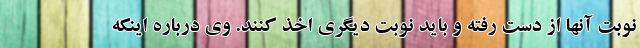
نوبت آنها از دست رفته و باید نوبت دیگری اخذ کنند. وی درباره اینکه